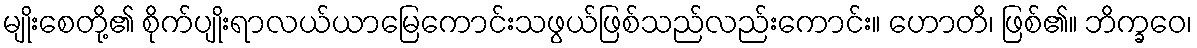
မျိုးစေတို့၏ စိုက်ပျိုးရာလယ်ယာမြေကောင်းသဖွယ်ဖြစ်သည်လည်းကောင်း။ ဟောတိ၊ ဖြစ်၏။ ဘိက္ခဝေ၊